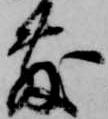
敷